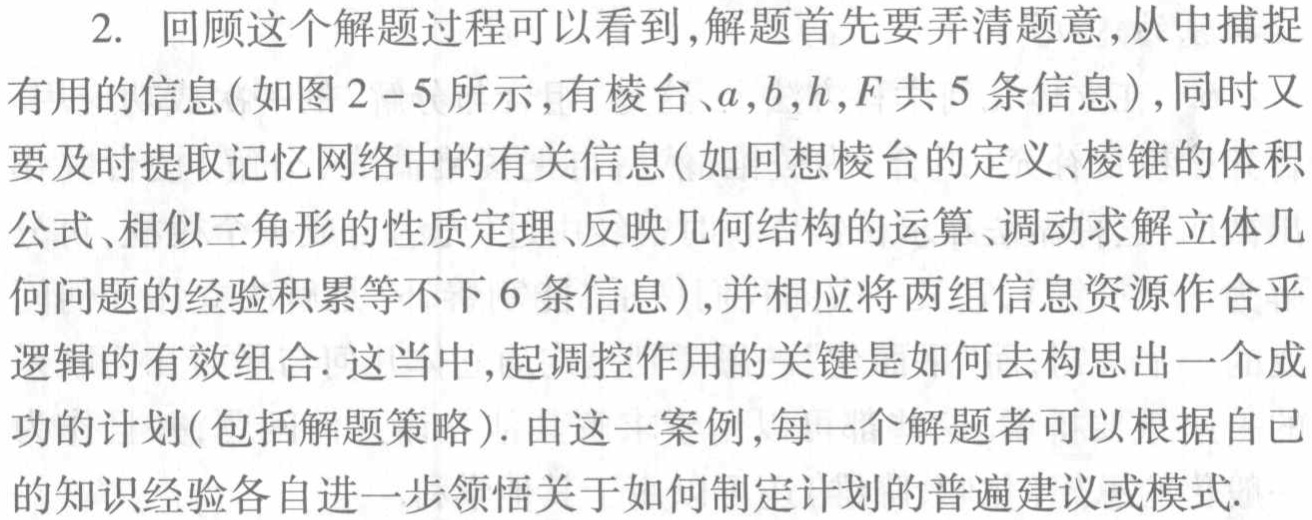
2. 回顾这个解题过程可以看到,解题首先要弄清题意,从中捕捉
有用的信息(如图2 - 5所示,有棱台、\(a,b,h,F\)共5条信息),同时又
要及时提取记忆网络中的有关信息(如回想棱台的定义、棱锥的体积
公式、相似三角形的性质定理、反映几何结构的运算、调动求解立体几
何问题的经验积累等不下6条信息),并相应将两组信息资源作合乎
逻辑的有效组合. 这当中,起调控作用的关键是如何去构思出一个成
功的计划(包括解题策略). 由这一案例,每一个解题者可以根据自己
的知识经验各自进一步领悟关于如何制定计划的普遍建议或模式.